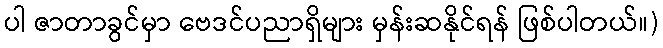
ပါ ဇာတာခွင်မှာ ဗေဒင်ပညာရှိများ မှန်းဆနိုင်ရန် ဖြစ်ပါတယ်။)